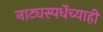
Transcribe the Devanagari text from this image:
नाट्यस्पर्धेच्याही